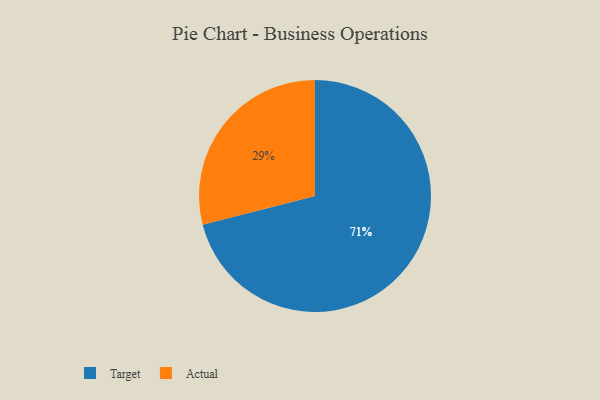
{"axis": {"x": "Category", "y": "Percentage"}, "legend": ["Actual", "Target"], "data": [{"x": "Target", "y": 71, "type": "Target"}, {"x": "Actual", "y": 29, "type": "Actual"}]}